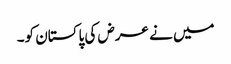
میں نے عرض کی پاکستان کو۔